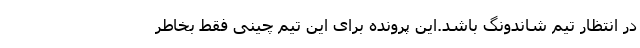
در انتظار تیم شاندونگ باشد.این پرونده برای این تیم چینی فقط بخاطر